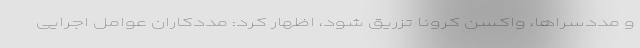
و مددسراها، واکسن کرونا تزریق شود، اظهار کرد: مددکاران عوامل اجرایی